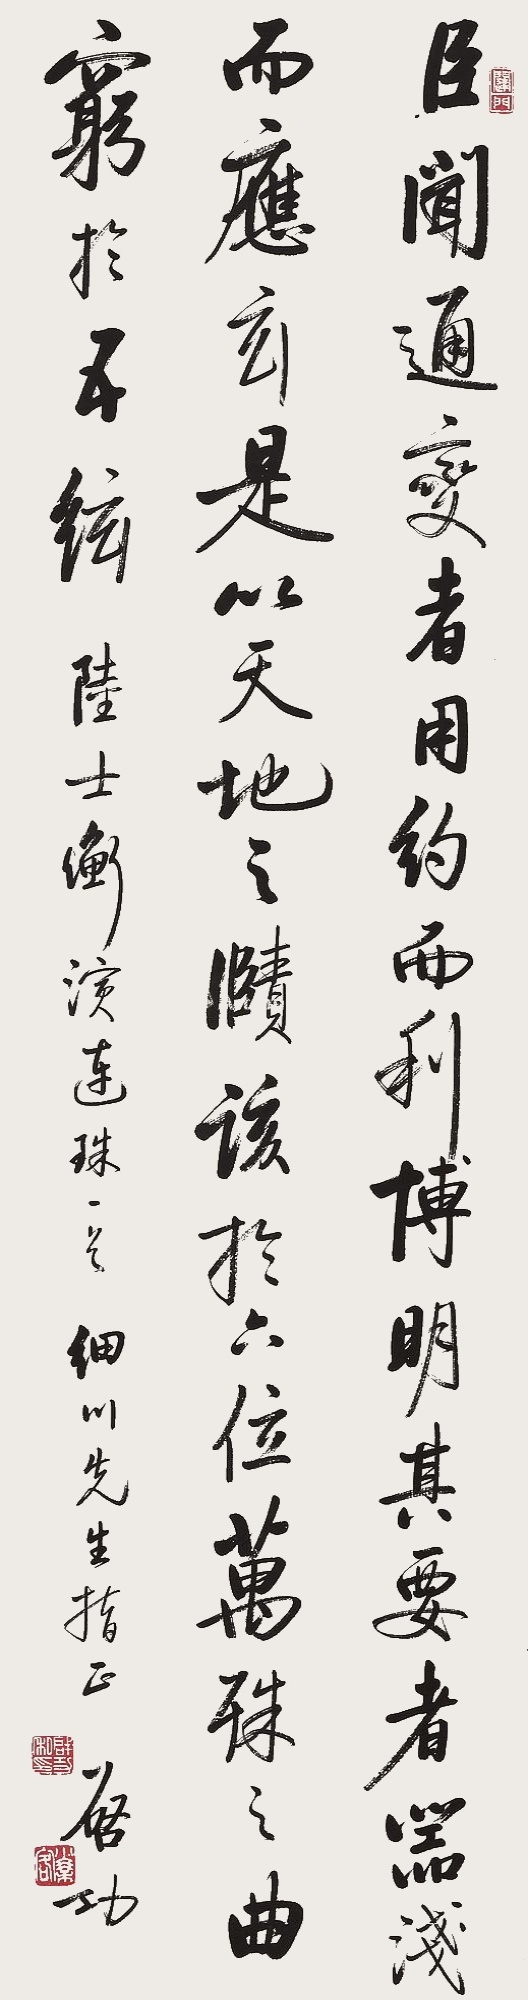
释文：臣闻通于变者用约而利博明其要者器浅而应玄是以天地之颐该于六位万殊之曲穷于五弦《陆士衡演连珠》细川先生指正启功